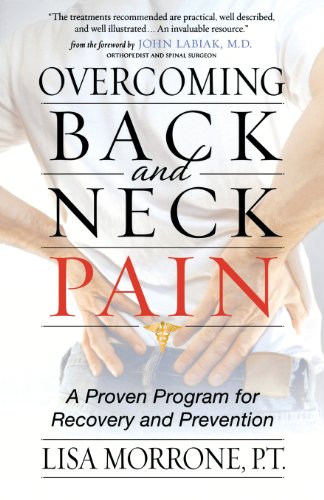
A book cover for Overcoming Back and Neck Pain: A Proven Program for Recovery and Prevention; Lisa Morrone; Health, Fitness & Dieting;